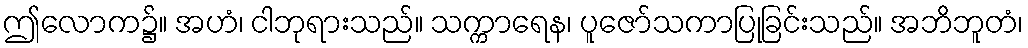
ဤလောက၌။ အဟံ၊ ငါဘုရားသည်။ သက္ကာရေန၊ ပူဇော်သကာပြုခြင်းသည်။ အဘိဘူတံ၊